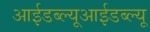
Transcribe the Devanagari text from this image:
आईडब्ल्यूआईडब्ल्यू